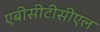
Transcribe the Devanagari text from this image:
एबीसीटीसीएल